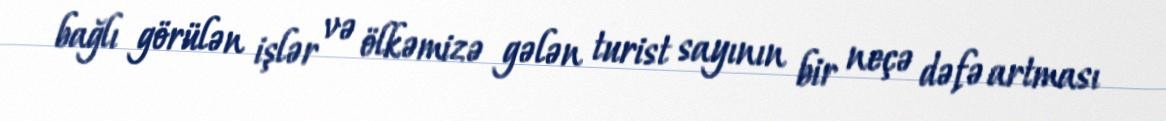
bağlı görülən işlər və ölkəmizə gələn turist sayının bir neçə dəfə artması